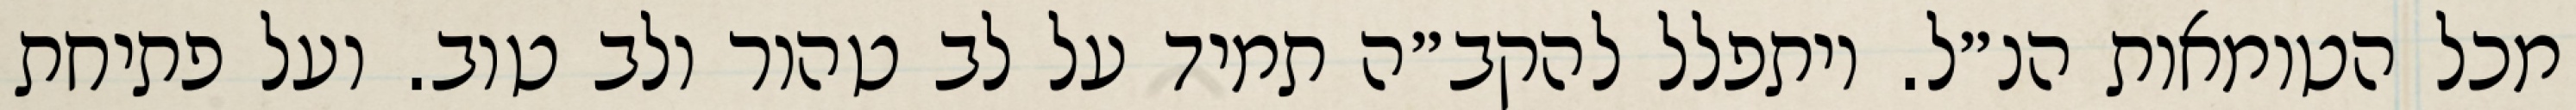
מכל הטומאות הנ״ל. ויתפלל להקב״ה תמיד על לב טהור ולב טוב. ועל פתיחת